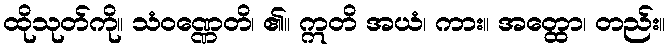
ထိုသုတ်ကို။ သံဝဏ္ဏေတိ၊ ၏။ ဣတိ အယံ၊ ကား။ အတ္ထော၊ တည်း။